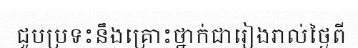
ជួបប្រទះនឹងគ្រោះថ្នាក់ជារៀងរាល់ថ្ងៃពី